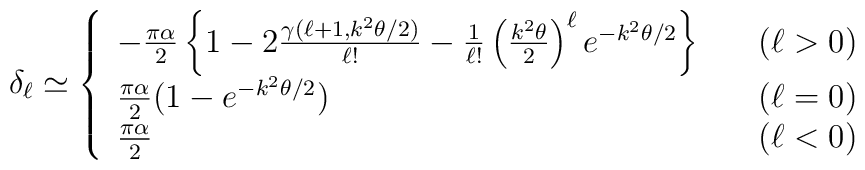
\delta_{\ell}\simeq\left\{\begin{array}{ll}-\frac{\pi\alpha}{2}\left\{1-2\frac{\gamma(\ell+1,k^2\theta/2)}{\ell !}-\frac{1}{\ell!}\left(\frac{k^2\theta}{2}\right)^{\ell}e^{-k^2\theta/2}\right\} & \quad (\ell>0)\\\frac{\pi\alpha}{2}(1-e^{-k^2\theta/2}) & \quad (\ell=0)\\\frac{\pi\alpha}{2} & \quad (\ell<0)\end{array}\right.